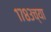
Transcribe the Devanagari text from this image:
१७८३च्या